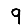
Digit: 9